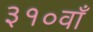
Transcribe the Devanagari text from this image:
३१०वाँ